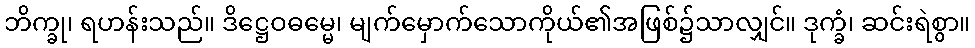
ဘိက္ခု၊ ရဟန်းသည်။ ဒိဋ္ဌေဝဓမ္မေ၊ မျက်မှောက်သောကိုယ်၏အဖြစ်၌သာလျှင်။ ဒုက္ခံ၊ ဆင်းရဲစွာ။